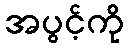
အပွင့်ကို